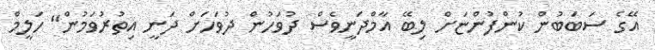
އޭގެ ސަބަބުން ކުންފުންޏަށް ލިބޭ އާމްދަނީވެސް ދުވަހުން ދުވަހަށް ދަނީ އިތުރުވަމުން" ހަލީމް